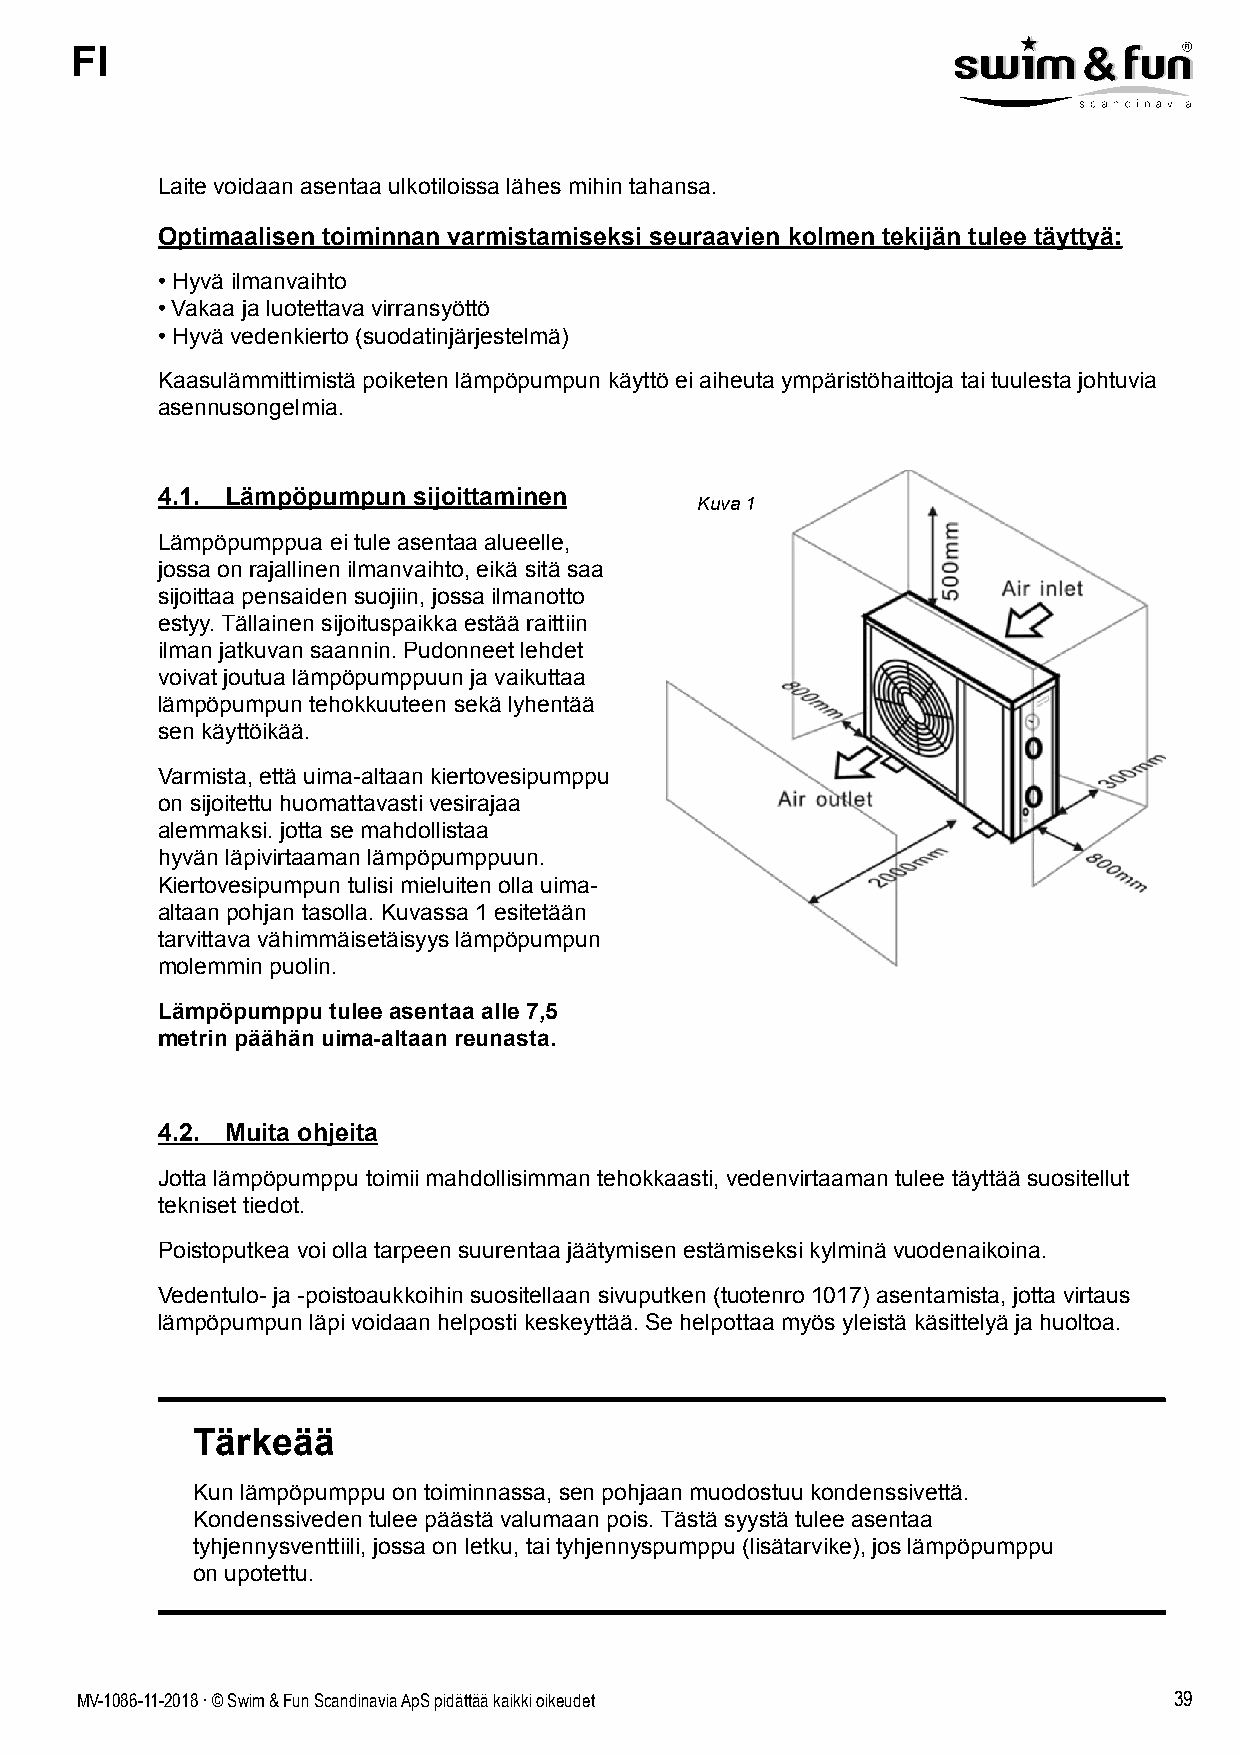
FI
 Laite voidaan asentaa ulkotiloissa lähes mihin tahansa.
 Optimaalisen toiminnan varmistamiseksi seuraavien kolmen tekijän tulee täyttyä:
 • Hyvä ilmanvaihto
 • Vakaa ja luotettava virransyöttö
 • Hyvä vedenkierto (suodatinjärjestelmä)
 Kaasulämmittimistä poiketen lämpöpumpun käyttö ei aiheuta ympäristöhaittoja tai tuulesta johtuvia
 asennusongelmia.
 4.1. Lämpöpumpun sijoittaminen
 Kuva 1
 Lämpöpumppua ei tule asentaa alueelle,
 jossa on rajallinen ilmanvaihto, eikä sitä saa
 sijoittaa pensaiden suojiin, jossa ilmanotto
 estyy. Tällainen sijoituspaikka estää raittiin
 ilman jatkuvan saannin. Pudonneet lehdet
 voivat joutua lämpöpumppuun ja vaikuttaa
 lämpöpumpun tehokkuuteen sekä lyhentää
 sen käyttöikää.
 Varmista, että uima-altaan kiertovesipumppu
 on sijoitettu huomattavasti vesirajaa
 alemmaksi. jotta se mahdollistaa
 hyvän läpivirtaaman lämpöpumppuun.
 Kiertovesipumpun tulisi mieluiten olla uima-
 altaan pohjan tasolla. Kuvassa 1 esitetään
 tarvittava vähimmäisetäisyys lämpöpumpun
 molemmin puolin.
 Lämpöpumppu tulee asentaa alle 7,5
 metrin päähän uima-altaan reunasta.
 4.2. Muita ohjeita
 Jotta lämpöpumppu toimii mahdollisimman tehokkaasti, vedenvirtaaman tulee täyttää suositellut
 tekniset tiedot.
 Poistoputkea voi olla tarpeen suurentaa jäätymisen estämiseksi kylminä vuodenaikoina.
 Vedentulo- ja -poistoaukkoihin suositellaan sivuputken (tuotenro 1017) asentamista, jotta virtaus
 lämpöpumpun läpi voidaan helposti keskeyttää. Se helpottaa myös yleistä käsittelyä ja huoltoa.
 Tärkeää
 Kun lämpöpumppu on toiminnassa, sen pohjaan muodostuu kondenssivettä.
 Kondenssiveden tulee päästä valumaan pois. Tästä syystä tulee asentaa
 tyhjennysventtiili, jossa on letku, tai tyhjennyspumppu (lisätarvike), jos lämpöpumppu
 on upotettu.
 MV-1086-11-2018 . © Swim & Fun Scandinavia ApS pidättää kaikki oikeudet  39